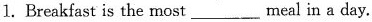
1. Breakfast is the most ___ meal in a day.